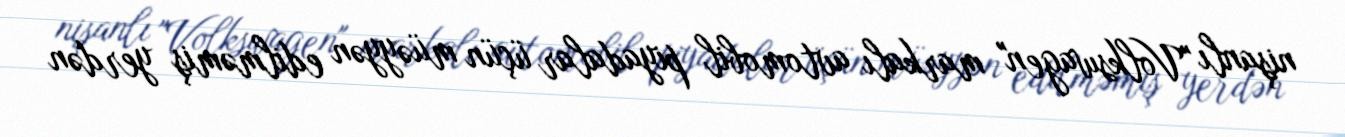
nişanlı "Volkswagen" markalı avtomobil piyadalar üçün müəyyən edilməmiş yerdən